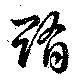
賄